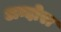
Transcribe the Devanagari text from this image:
अन्दोरा